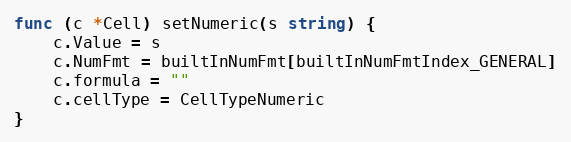
Language: Go
func (c *Cell) setNumeric(s string) {
	c.Value = s
	c.NumFmt = builtInNumFmt[builtInNumFmtIndex_GENERAL]
	c.formula = ""
	c.cellType = CellTypeNumeric
}